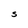
Character: S